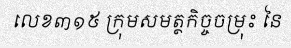
លេខ៣១៥ ក្រុមសមត្ថកិច្ចចម្រុះ នៃ